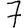
Digit: 7